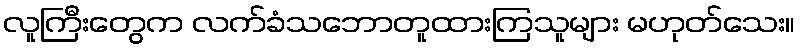
လူကြီးတွေက လက်ခံသဘောတူထားကြသူများ မဟုတ်သေး။